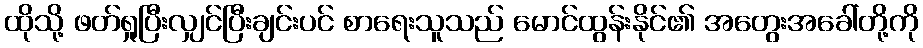
ထိုသို့ ဖတ်ရှုပြီးလျှင်ပြီးချင်းပင် စာရေးသူသည် မောင်ထွန်းနိုင်၏ အတွေးအခေါ်တို့ကို